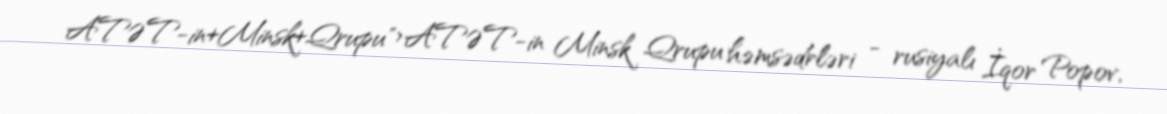
ATƏT-in+Minsk+Qrupu">ATƏT-in Minsk Qrupu həmsədrləri - rusiyalı İqor Popov,